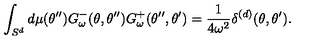
\int _ { S ^ { d } } d \mu ( \theta ^ { \prime \prime } ) G _ { \omega } ^ { - } ( \theta , \theta ^ { \prime \prime } ) G _ { \omega } ^ { + } ( \theta ^ { \prime \prime } , \theta ^ { \prime } ) = { \frac { 1 } { 4 \omega ^ { 2 } } } \delta ^ { ( d ) } ( \theta , \theta ^ { \prime } ) .